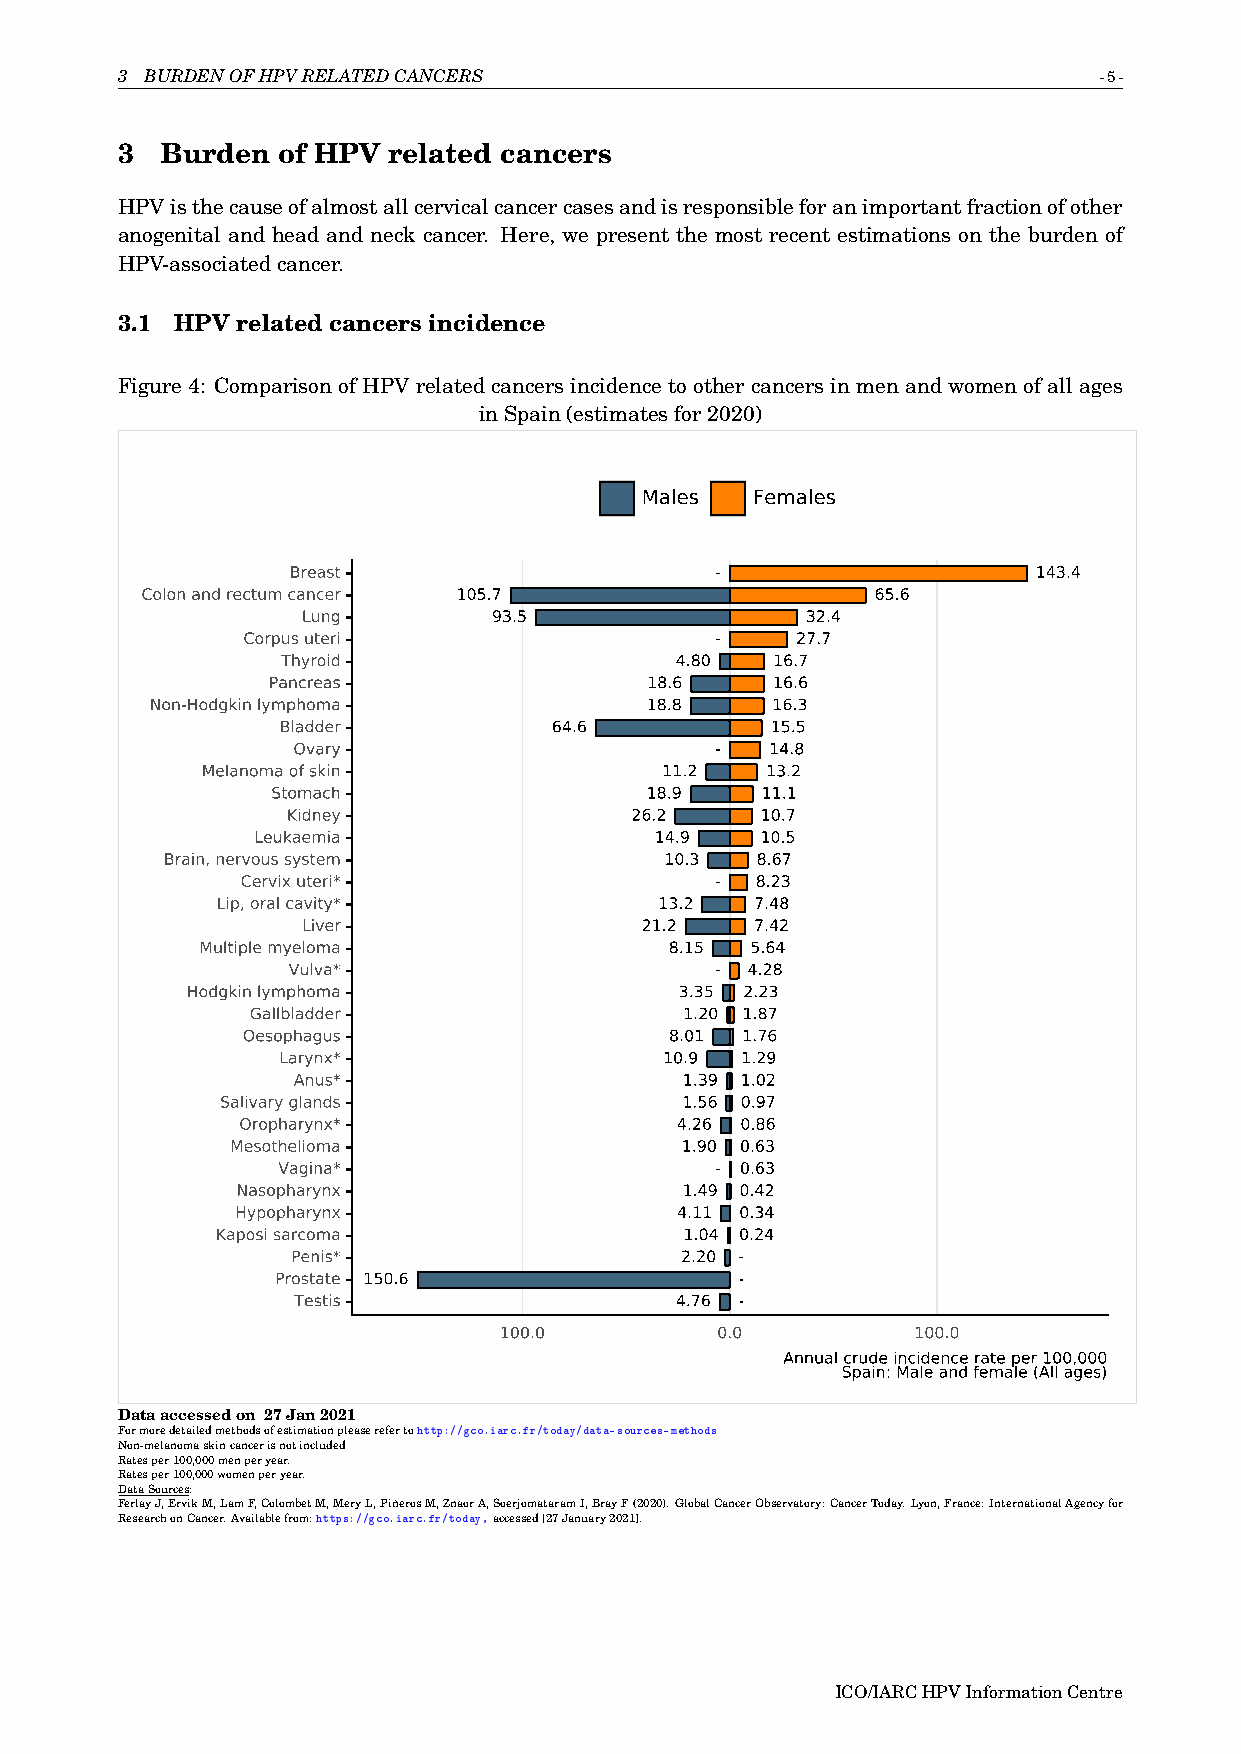
3 BURDENOFHPVRELATEDCANCERS                                      -5-
 3  Burden of HPV  related cancers
 HPVisthecauseofalmostallcervicalcancercasesandisresponsibleforanimportantfractionofother
 anogenital and head and neck cancer. Here, we present the most recent estimations on the burden of
 HPV-associatedcancer.
 3.1 HPV related cancers incidence
 Figure4: ComparisonofHPVrelated cancersincidencetoother cancersinmenand womenofallages
 inSpain(estimatesfor2020)
 Males   Females
 Breast                      -                     143.4
 Colon and rectum cancer 105.7                    65.6
 Lung         93.5                32.4
 Corpus uteri                   -     27.7
 Thyroid                   4.80  16.7
 Pancreas                 18.6    16.6
 Non-Hodgkin lymphoma             18.8    16.3
 Bladder            64.6          15.5
 Ovary                       -   14.8
 Melanoma of skin               11.2   13.2
 Stomach                  18.9   11.1
 Kidney                 26.2    10.7
 Leukaemia                 14.9   10.5
 Brain, nervous system            10.3  8.67
 Cervix uteri*                  -  8.23
 Lip, oral cavity*             13.2  7.48
 Liver                 21.2    7.42
 Multiple myeloma               8.15  5.64
 Vulva*                      - 4.28
 Hodgkin lymphoma                 3.35 2.23
 Gallbladder                 1.20 1.87
 Oesophagus                  8.01 1.76
 Larynx*                   10.9 1.29
 Anus*                     1.39 1.02
 Salivary glands               1.56 0.97
 Oropharynx*                  4.26 0.86
 Mesothelioma                  1.90 0.63
 Vagina*                      - 0.63
 Nasopharynx                  1.49 0.42
 Hypopharynx                  4.11 0.34
 Kaposi sarcoma                 1.04 0.24
 Penis*                    2.20 -
 Prostate 150.6                 -
 Testis                    4.76 -
 100.0         0.0          100.0
 Annual crude incidence rate per 100,000
 Spain: Male and female (All ages)
 Dataaccessedon 27Jan2021
 Formoredetailedmethodsofestimationpleaserefertohttp://gco.iarc.fr/today/data-sources-methods
 Non-melanomaskincancerisnotincluded
 Ratesper100,000menperyear.
 Ratesper100,000womenperyear.
 DataSources:
 FerlayJ,ErvikM,LamF,ColombetM,MeryL,PiñerosM,ZnaorA,SoerjomataramI,BrayF(2020).GlobalCancerObservatory:CancerToday.Lyon,France:InternationalAgencyfor
 ResearchonCancer.Availablefrom:https://gco.iarc.fr/today,accessed[27January2021].
 ICO/IARCHPVInformationCentre